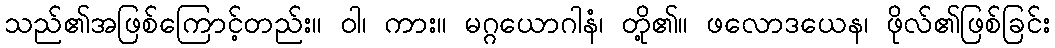
သည်၏အဖြစ်ကြောင့်တည်း။ ဝါ၊ ကား။ မဂ္ဂယောဂါနံ၊ တို့၏။ ဖလောဒယေန၊ ဖိုလ်၏ဖြစ်ခြင်း